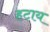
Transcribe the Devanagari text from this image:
हटाय